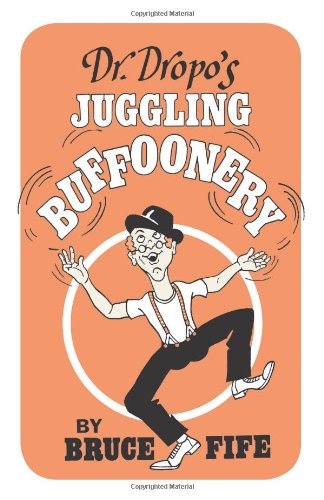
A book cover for Dr. Dropo's Juggling Buffoonery; Bruce Fife; Sports & Outdoors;